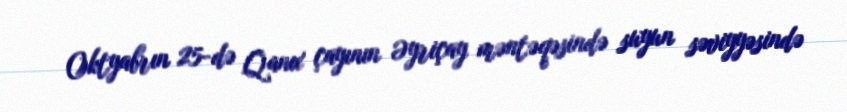
Oktyabrın 25-də Qanıx çayının Əyriçay məntəqəsində suyun səviyyəsində